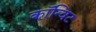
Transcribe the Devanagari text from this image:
कॉन्विट